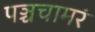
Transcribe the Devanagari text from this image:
पञ्चचामरं